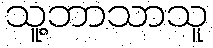
သူ့ဘာသာသူ